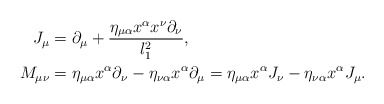
\begin{align*} J_\mu&=\partial_\mu+\frac{\eta_{\mu\alpha}x^\alpha x^\nu\partial_\nu}{l_1^2},\\ M_{\mu\nu}&=\eta_{\mu\alpha}x^\alpha\partial_\nu-\eta_{\nu\alpha}x^\alpha\partial_\mu=\eta_{\mu\alpha}x^\alpha J_\nu-\eta_{\nu\alpha}x^\alpha J_\mu. \end{align*}